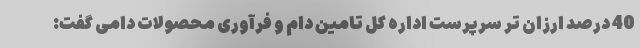
40 درصد ارزان تر سرپرست اداره کل تامین دام و فرآوری محصولات دامی گفت: